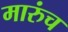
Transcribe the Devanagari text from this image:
मारुंच